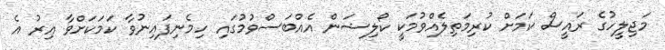
މަޖިލީހުގެ ރައީސް ކަމަށް ކުރިމަތިލެއްވުމަކީ ކޯލިޝަން އެއްބަސްވުމުގައި ހިމެނިފައިނުވާ ކަމަކަށްވާ އިރު އެ